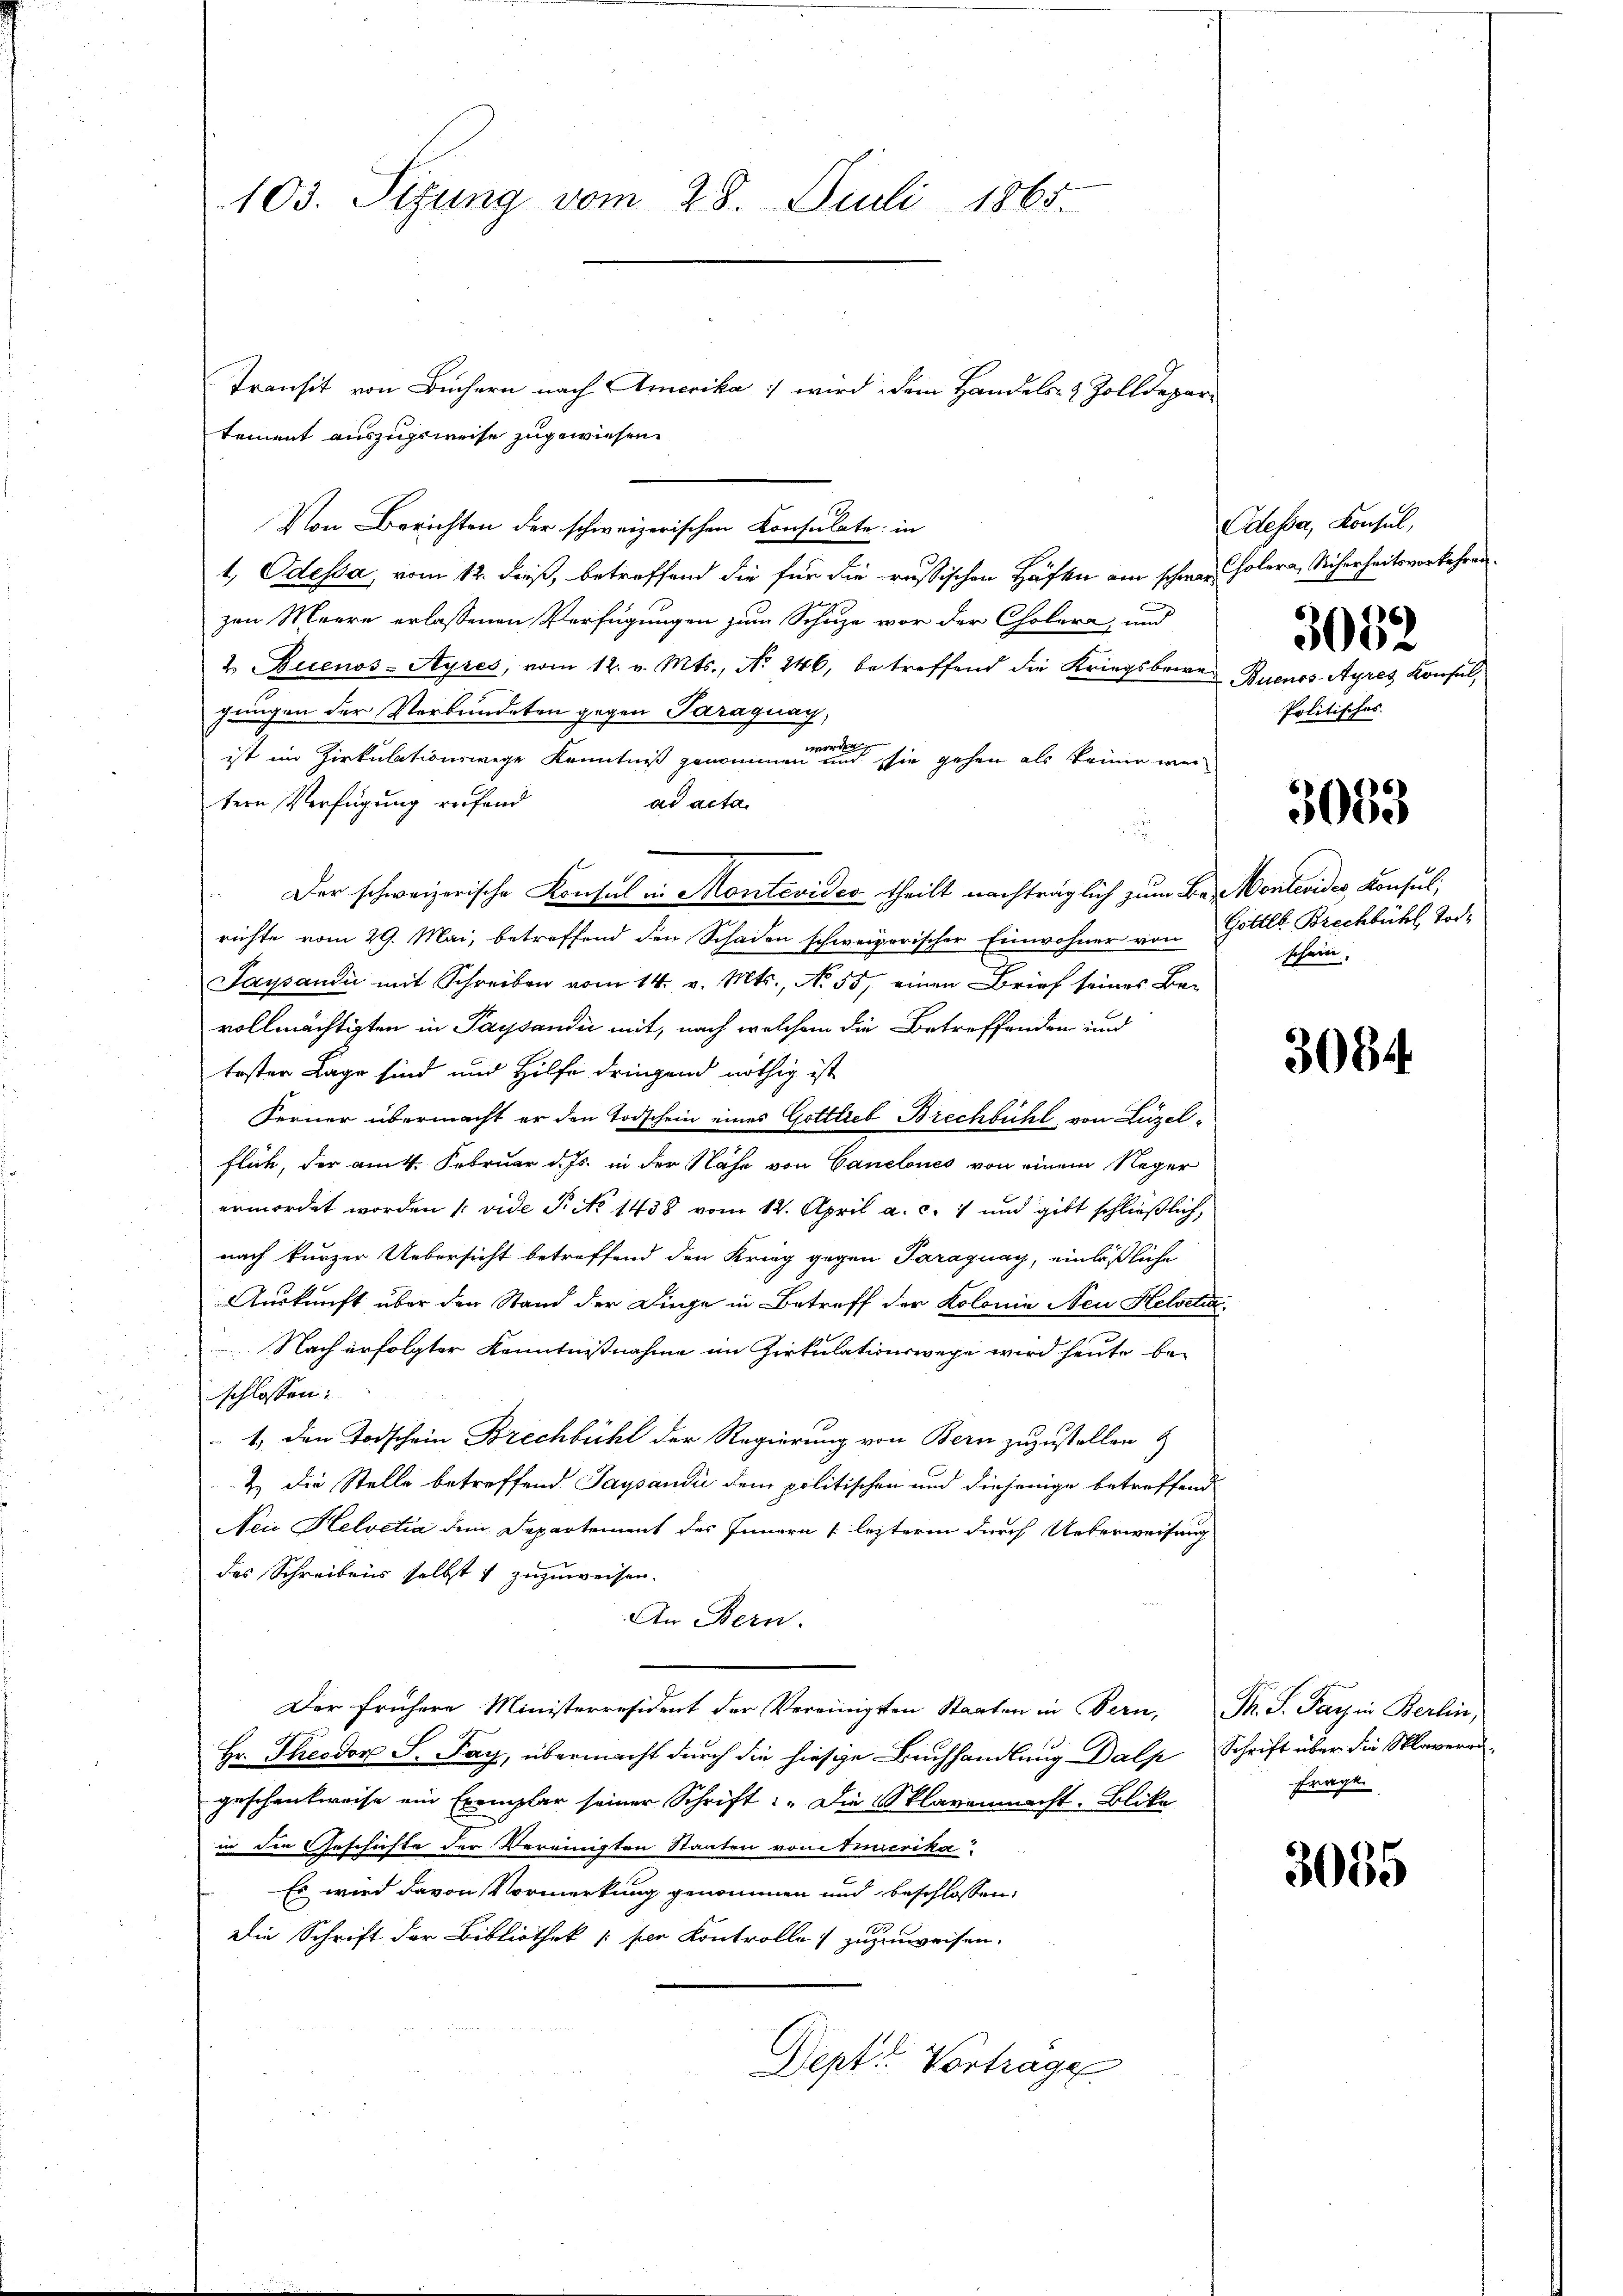
103. Sitzung vom 28. Juli 1865.

Transit von Büchern nach Amerika wird dem Handels- & Zolldepar
tement auszugsweise zugewiesen.
Von Berichten der schweizerischen Consulate in
1., Odessa, vom 12. dieß, betreffend die für die russischen Häften am schwer holera, Sicherheits vorkehren
zen Meere erlassenen Verfügungen zum Schuze vor der Cholera, und
2 Buenos-Ayres, vom 12. v. Mts., No 246, betreffend die Kriegsbewe- Buenos-Ayres Konsul,
gungen der Verbundeten gegen Paraguay,
ist im Zirkulationswege Kenntniß genommen wenn sie gehen als keiner weitern Verfügung rufend
ad acta.
Der schweizerische Konsul in Montevideo theilt nachträglich zum Bei Montevides, Konsul,
richte vom 29. Mai, betreffend den Schaden schweizerischer Einwohner von Gottl. Brechbühl Tod.
Saysaudii mit Schreiben vom 14. v. Mts., N. 55, einen Brief seines Bevollmächtigten in Paysandić mit, nach welchem die Betreffenden und
tester Lage sind und Hilfe dringend nöthig ist
Ferner übermacht er den Todschein eines Gottlieb Brechbühl, von Luzelflich, der am 4. Februar d. Js. in der Nähe von Canclones von einem Reger
ermordet worden (vide Pieto 1438 vom 12. April a. c. 1 und gibt schließlich,
nach kurzer Uebersicht betreffend den Krieg gegen Paraguay, einläßliche
Auskunft über den Stand der Dinge in Betreff der Kolonie Neu Helvetia,
Nach erfolgter Kenntnißnahme im Zirkulationswege wird heute beschlossen:
1., den Todschein Brechbühl der Regierung von Bern zuzustellen &
2. Die Stelle betreffend Tagsandi dem politischen und diejenige betreffend
Nei Helvetia dem Departement des Innern lezterm durch Ueberweisung
das Schreibens selbst zuzuweisen.
An Bern.
Der frühere Ministerresident der Vereinigsten Staaten in Bern, Th. S. Parin Berlin,
Hr. Theodor S. Pay, übermacht durch die hiesige Buchhandlung Dalp Schrift über die Sklaverrigeschenkweise ein Exemplar seiner Schrift: „Die Sklavenmacht. Blika
in die Geschichte der Vereinigten Staaten von Serika
Es wird davon Vormerkung genommen und beschlossen,
Die Schrift der Bibliothek (ser Kontrolle zuzuweisen.
Dept. Vortrage

Odesser, Konsul,
3052
Politisches.

3053

schein,

3084.

Frage

3055